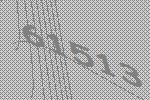
61513